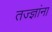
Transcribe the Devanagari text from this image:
तज्‍ज्ञांना